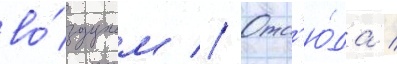
во́здухом // Отс'ю́да /